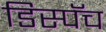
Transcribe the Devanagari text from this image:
डिस्पॅच